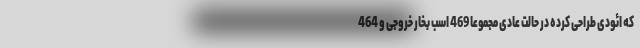
که ائودی طراحی کرده در حالت عادی مجموعا 469 اسب بخار خروجی و 464